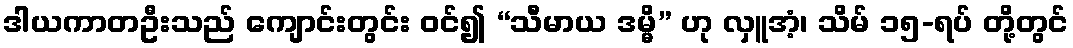
ဒါယကာတဦးသည် ကျောင်းတွင်း ဝင်၍ “သီမာယ ဒမ္မိ” ဟု လှူအံ့၊ သိမ် ၁၅-ရပ် တို့တွင်